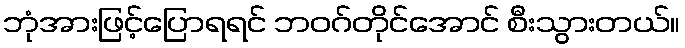
ဘုံအားဖြင့်ပြောရရင် ဘဝဂ်တိုင်အောင် စီးသွားတယ်။